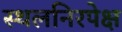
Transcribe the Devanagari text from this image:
स्थलनिरपेक्ष